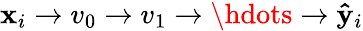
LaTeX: \mathbf{x}_{i}\rightarrow v_{0}\rightarrow v_{1}\rightarrow\hdots\rightarrow\mathbf{\hat{y}}_{i}